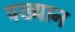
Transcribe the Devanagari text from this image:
पख्यान